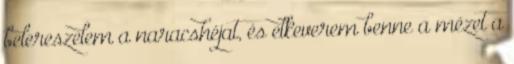
belereszelem a naracshéjat, és elkeverem benne a mézet a